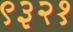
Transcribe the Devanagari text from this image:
९३२१